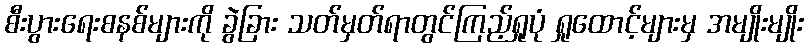
စီးပွားရေးစနစ်များကို ခွဲခြား သတ်မှတ်ရာတွင်ကြည့်ရှုပုံ ရှုထောင့်များမှ အမျိုးမျိုး